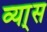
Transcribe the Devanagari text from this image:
व्या्स